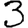
Digit: 3